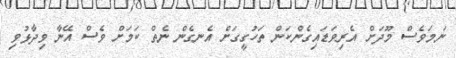
ނަމަވެސް މޫދަށް އެރިވަޑައިގެންކަން ތަހުގީގަށް އެނގެން ނެތް ކަމަށް ވެސް އޭނާ ވިދާޅުވި